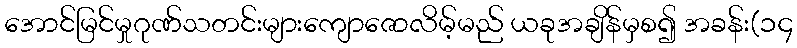
အောင်မြင်မှုဂုဏ်သတင်းများကျောဇောလိမ့်မည် ယခုအချိန်မှစ၍ အခန်း(၁၄